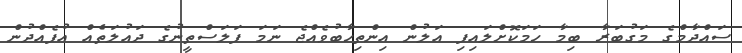
ސައްދާމްގެ މަގުބަރާ ބިމާ ހަމަކޮށްލައިފި އަލުން އިންތިހާބުވެއްޖެ ނަމަ ފަލަސްތީނުގެ ދައުލަތެއް އުފެއްދުން